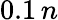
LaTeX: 0.1\, n